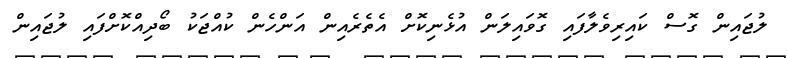
ލުޖައިން ގޮސް ކައިރިވެލާފައި ގޮވައިލަން އުޅެނިކޮށް އެތެރެއިން އަންހެން ކުއްޖަކު ބޯދިއްކޮށްފައި ލުޖައިން